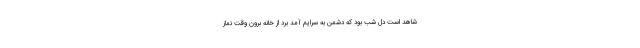
شاهد است دلِ شب بود که دشمن به سرایم آمد برد از خانه برون وقت نماز